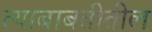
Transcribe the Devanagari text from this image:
त्‍याबाबतीतील